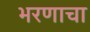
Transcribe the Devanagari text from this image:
भरणाचा